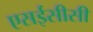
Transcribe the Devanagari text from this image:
एसईसीसी